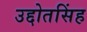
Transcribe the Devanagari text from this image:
उद्दोतसिंह